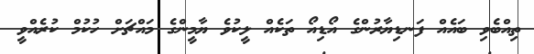
ތިއްބެވި ބައެއް ފަނޑިޔާރުންގެ އޯޑިއޯ ތަކެއް ލީކުވެ ޔާމީންގެ މައްޗަށް ހުކުމް ކުރެއްވީ